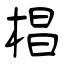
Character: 椙